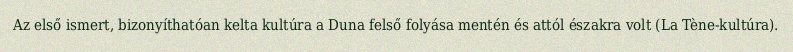
Az első ismert, bizonyíthatóan kelta kultúra a Duna felső folyása mentén és attól északra volt (La Tène-kultúra).